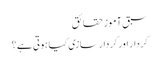
سبق آموز حقائق
کردار اور کردار سازی کیا ہوتی ہے ؟